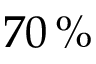
7 0 \, \%